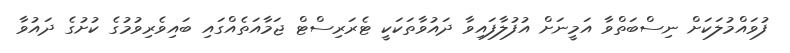
ފުވައްމުލަކަށް ނިސްބަތްވާ އަމީނަށް އުފުލާފައިވާ ދައުވާތަކަކީ ޓެރަރިސްޓް ޖަމާއަތެއްގައި ބައިވެރިވުމުގެ ކުށުގެ ދައުވާ